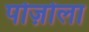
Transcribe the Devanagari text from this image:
पोज़ोला